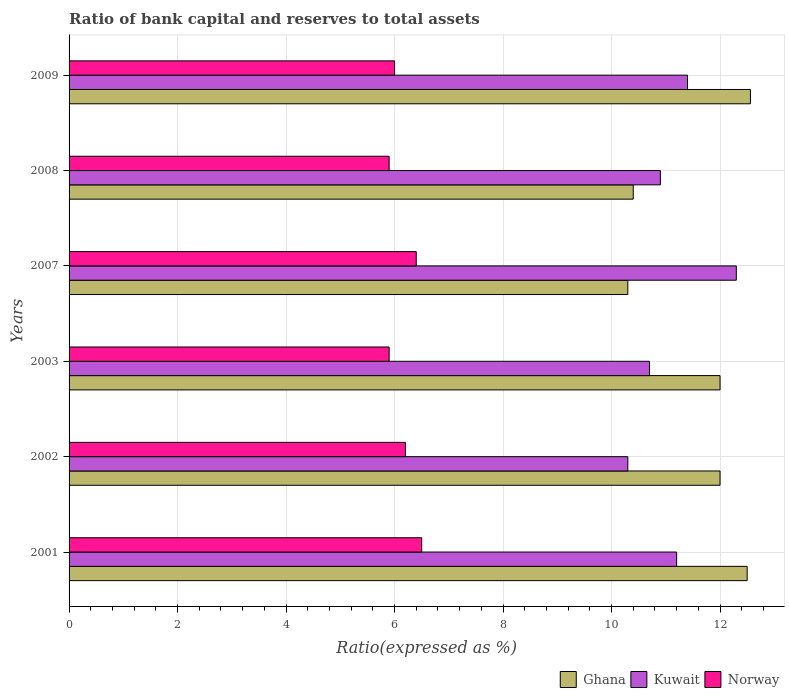
| Years | Ghana | Kuwait | Norway |
 | --- | --- | --- | --- |
 | 2001 | 12.5 | 11.2 | 6.5 |
 | 2002 | 12 | 10.3 | 6.2 |
 | 2003 | 12 | 10.7 | 5.9 |
 | 2007 | 10.3 | 12.3 | 6.4 |
 | 2008 | 10.4 | 10.9 | 5.9 |
 | 2009 | 12.6 | 11.4 | 6 |